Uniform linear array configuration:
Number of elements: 16
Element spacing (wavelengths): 0.5
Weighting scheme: hamming
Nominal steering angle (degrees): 15
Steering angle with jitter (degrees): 14.73
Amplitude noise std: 0.05
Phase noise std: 0.05

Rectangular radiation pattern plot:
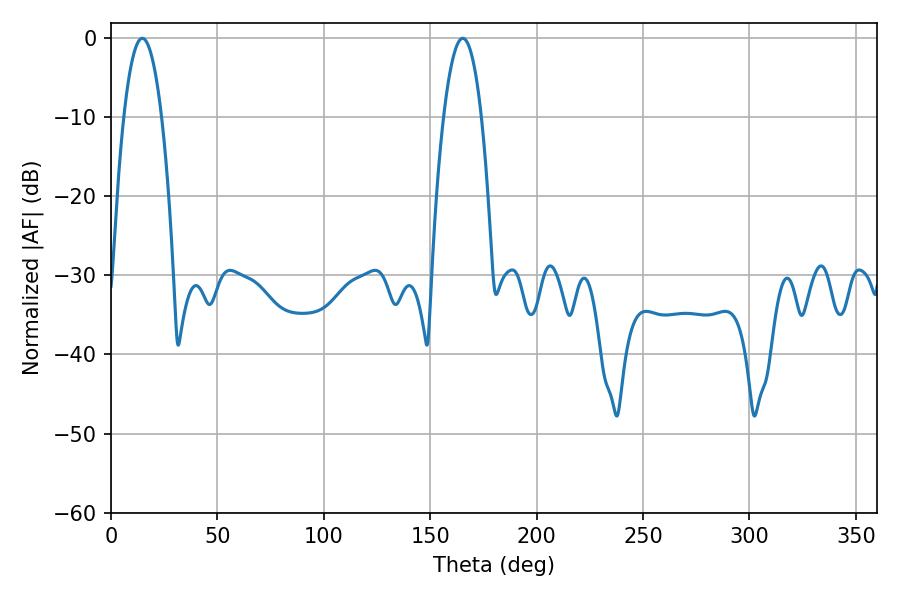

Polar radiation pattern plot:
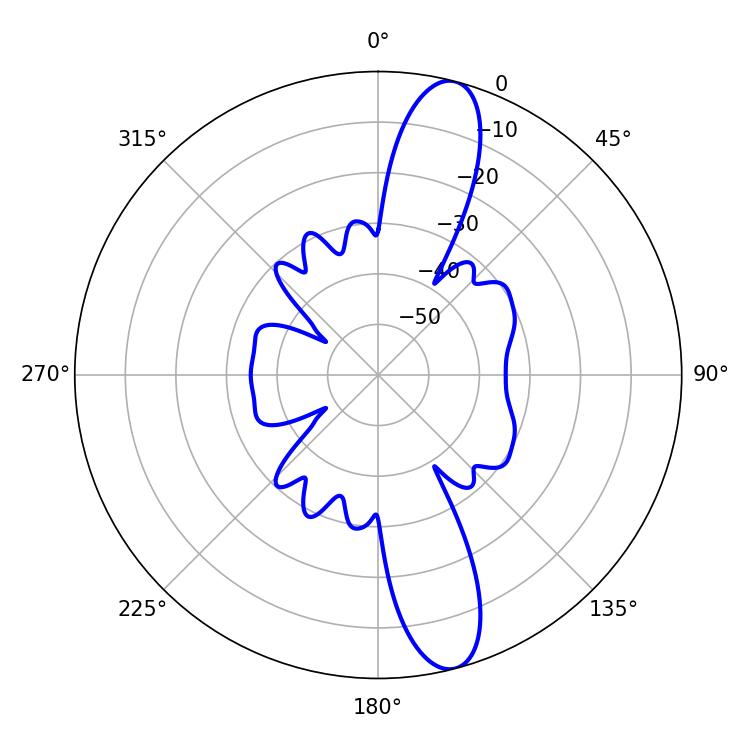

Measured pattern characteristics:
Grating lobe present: FALSE
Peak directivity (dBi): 13.282
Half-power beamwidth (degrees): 9.72
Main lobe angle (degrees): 14.76